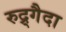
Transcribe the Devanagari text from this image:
रुद्र्गैदा